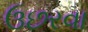
ઉછરવા